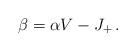
\begin{align*} \beta=\alpha V-J_+\,.\end{align*}